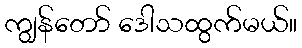
ကျွန်တော် ဒေါသထွက်မယ်။